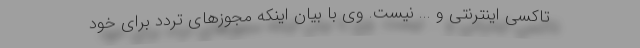
تاکسی اینترنتی و ... نیست. وی با بیان اینکه مجوزهای تردد برای خود